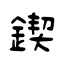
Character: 鍥